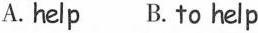
A.help B. to help